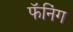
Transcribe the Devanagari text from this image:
फॅनिंग